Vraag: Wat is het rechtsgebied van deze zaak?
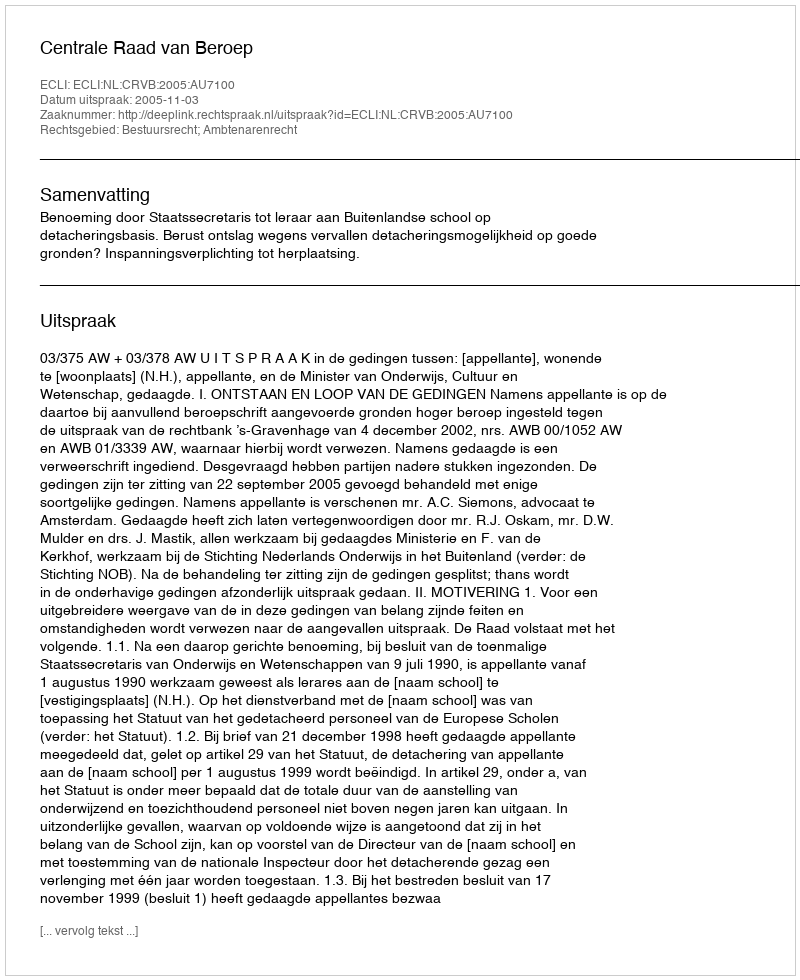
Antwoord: Bestuursrecht; Ambtenarenrecht